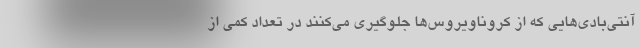
آنتی‌بادی‌هایی که از کروناویروس‌ها جلوگیری می‌کنند در تعداد کمی از